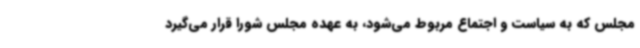
مجلس که به سیاست و اجتماع مربوط می‌شود، به عهده مجلس شورا قرار می‌گیرد